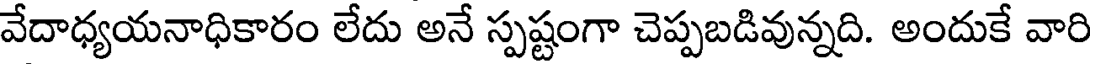
వేదాధ్యయనాధికారం లేదు అనే స్పష్టంగా చెప్పబడివున్నది. అందుకే వారి